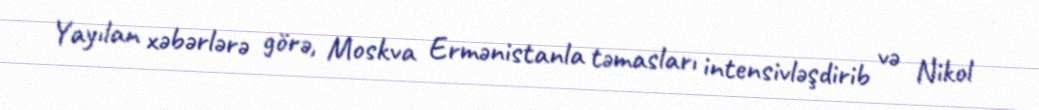
Yayılan xəbərlərə görə, Moskva Ermənistanla təmasları intensivləşdirib və Nikol